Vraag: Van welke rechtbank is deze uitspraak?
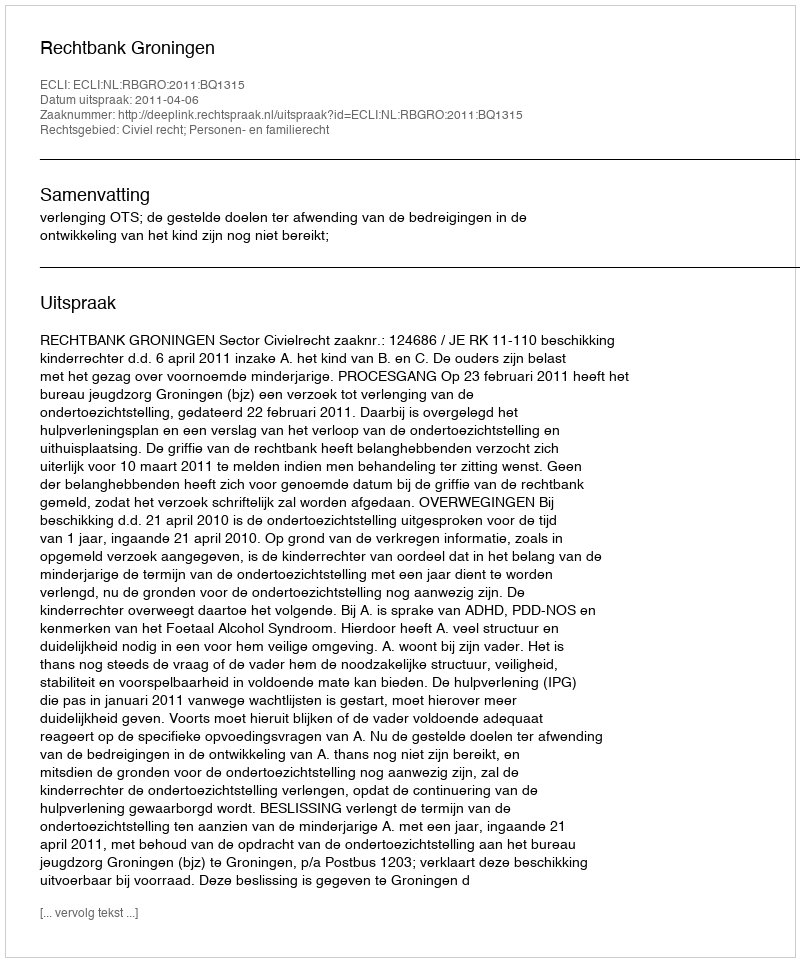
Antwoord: Rechtbank Groningen